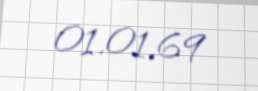
01.01.69